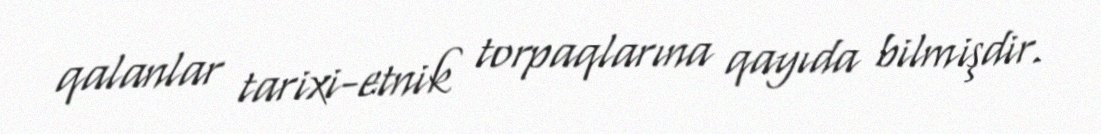
qalanlar tarixi-etnik torpaqlarına qayıda bilmişdir.